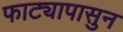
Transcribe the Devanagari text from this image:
फाट्यापासुन